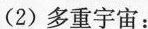
(2)多重宇宙：